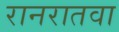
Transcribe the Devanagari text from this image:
रानरातवा